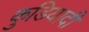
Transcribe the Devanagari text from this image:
कुडियादी